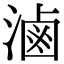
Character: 滷